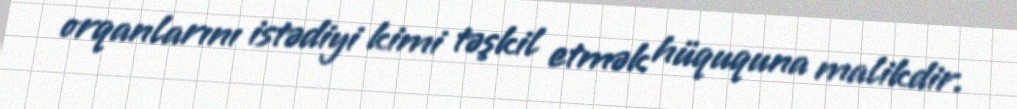
orqanlarını istədiyi kimi təşkil etmək hüququna malikdir.